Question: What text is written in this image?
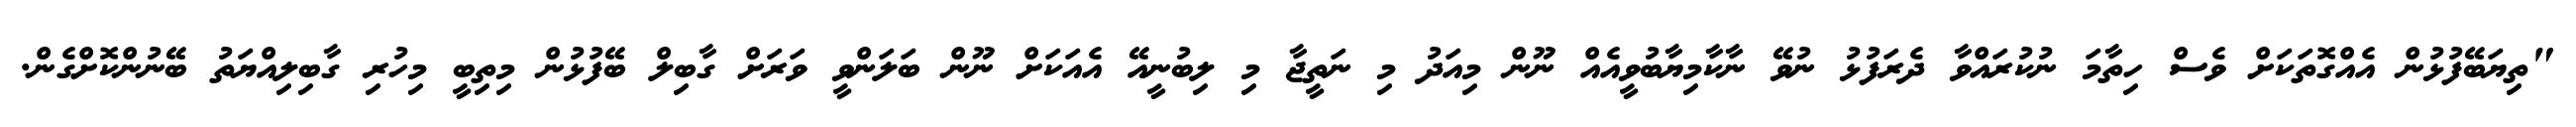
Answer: "ތިޔަބޭފުޅުން އެއްގޮތަކަށް ވެސް ހިތާމަ ނުކުރައްވާ ދެރަފުޅު ނުވޭ ނާކާމިޔާބުވީއެއް ނޫން މިއަދު މި ނަތީޖާ މި ލިބުނީއޭ އެއަކަށް ނޫން ބަލަންވީ ވަރަށް ގާބިލް ބޭފުޅުން މިތިބީ މިހުރި ގާބިލިއްޔަތު ބޭނުންކޮށްގެން.